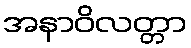
အနာဝိလတ္တာ